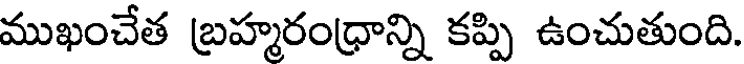
ముఖంచేత బ్రహ్మరంధ్రాన్ని కప్పి ఉంచుతుంది.